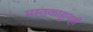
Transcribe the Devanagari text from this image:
मस्तकाहूनही